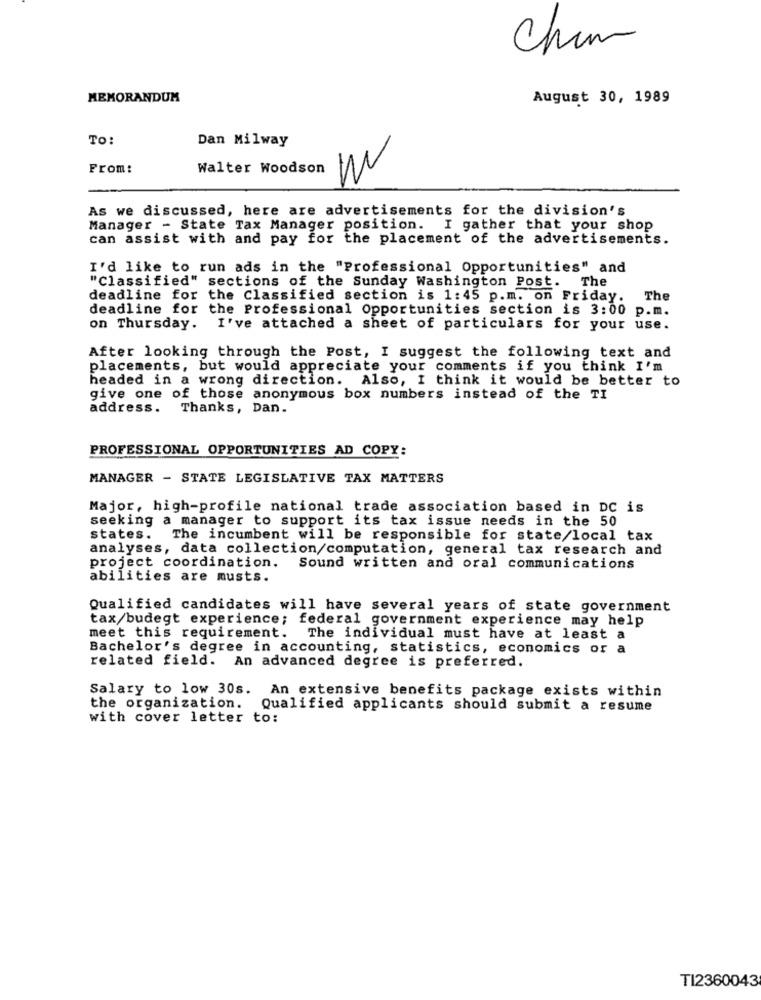
Chim
MEMORANDUM
August 30, 1989
TO:
Dan Milway
From:
Walter Woodson
As we discussed, here are advertisements for the division's
Manager - State Tax Manager position.
I gather that your shop
can assist with and pay for the placement of the advertisements.
I'd like to run ads in the "Professional Opportunities" and
"Classified" sections of the Sunday Washington Post. The
deadline for the Classified section is 1:45 p.m. on Friday. The
deadline for the Professional Opportunities section is 3:00 p.m.
on Thursday. I've attached a sheet of particulars for your use.
After looking through the Post, I suggest the following text and
placements, but would appreciate your comments if you think I'm
headed in a wrong direction. Also, I think it would be better to
give one of those anonymous box numbers instead of the TI
address. Thanks, Dan.
PROFESSIONAL OPPORTUNITIES AD COPY:
MANAGER - STATE LEGISLATIVE TAX MATTERS
Major, high-profile national trade association based in DC is
seeking a manager to support its tax issue needs in the 50
states. The incumbent will be responsible for state/local tax
analyses, data collection/computation, general tax research and
project coordination.
Sound written and oral communications
abilities are musts.
Qualified candidates will have several years of state government
tax/budegt experience; federal government experience may help
meet this requirement.
The individual must have at least a
Bachelor's degree in accounting, statistics, economics or a
related field. An advanced degree is preferred.
Salary to low 30s. An extensive benefits package exists within
the organization. Qualified applicants should submit a resume
with cover letter to:
TI2360043